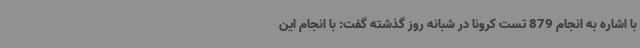
با اشاره به انجام 879 تست کرونا در شبانه روز گذشته گفت: با انجام این